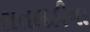
રાતલડીના